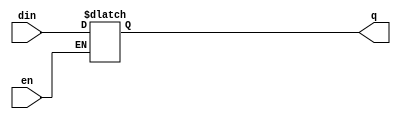
// Model a simple latch
//
module latch(
   input en,
   input din,
   output reg q
);

always@(*)
   if(en)
      q <= din;

endmodule